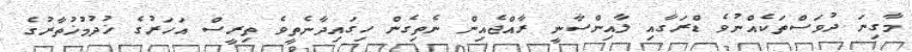
މާގިނަ ދުވަސްތަކެއްނުވެ ޑްރަގާއި ލާއިންސާނީ ރާއްޖެއިން ނެތިގެން ހިގައިދާނެތީވެ ތިރީސް އަހަރުގެ ޚުދުމުޚުތާރުގެ